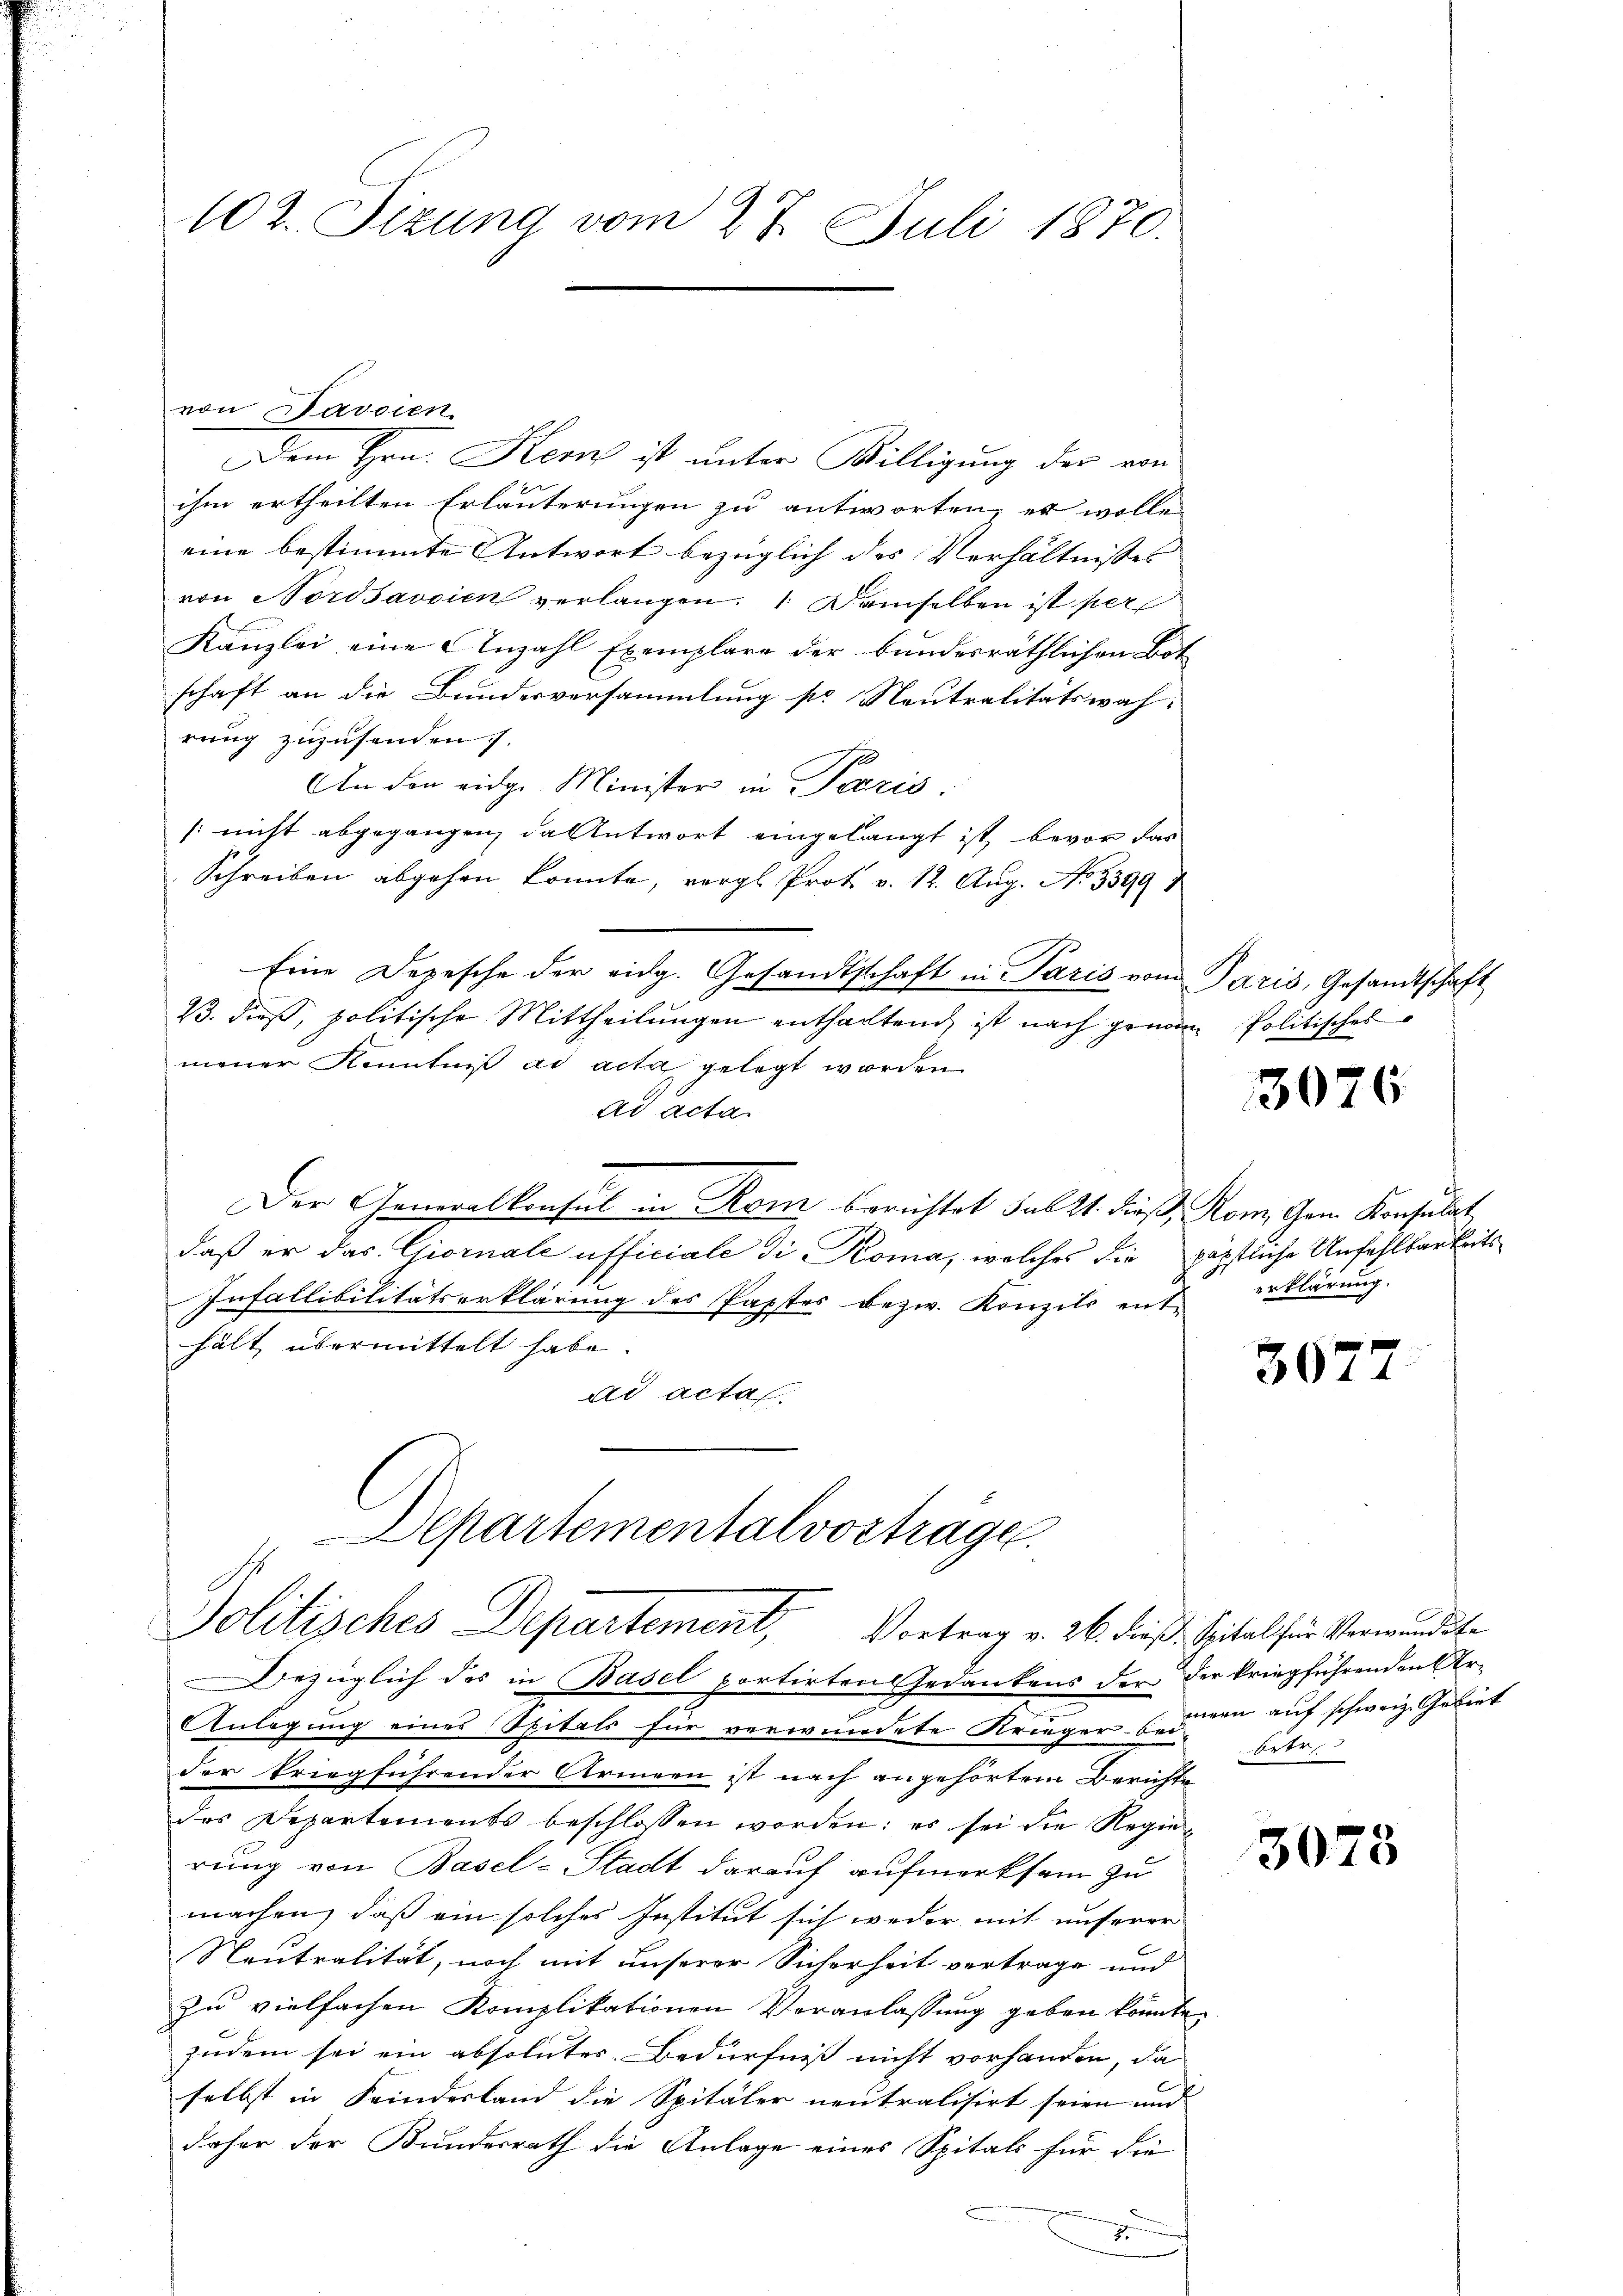
Dem Hrn. Herz ist unter Willigung der von
ihm ertheilten Erläuterungen zu antworten, es wollen
eine bestimmte Antwort bezüglich des Verhältnisses
von Nordsavsien verlangen.  Demselben ist per
Kanzlei eine Anzahl Exemplare der bundesräthlichen Bot
schaft an die Bundesversammlung pr Neutralitätswah-
rung zuzusenden s.
An den eidge Minister in Paris
(nicht abgegangen, da Antwort eingelangt ist, bevor das
Schreiben abgehen konnte, vergl. Prot. v. 12. Aug. No 33994
Eine Depesche der eidg. Gesandtschaft in Paris vom Paris, Gesandtschaft
13. dieß, politische Mittheilungen enthaltend, ist nach genen Politisches
mener Kenntniß ad acta gelegt worden.
ad acta
Der Generalkonsul in Rom berichtet sub 21. dieß, Rom. Gen. Konsulat
daß er das Giornale afficiale die Koma, welches die päpstliche Anfahlbarkeits¬
Infallibilitätserklärung des Papstes bezw. Konzils enthält übermittelt habe
ad acta
Departementalvortrage

102. Sizung vom 27. Juli 1870.

von Davoien

Politisches Departement, Vortrag v. 26. dieß. Spital für Verwundete
Bezüglich des in Basel portirten Gedankens der der kriegführenden Ar¬

Anlegung eines Spitals für verwundete Krieger seinen auf schweiz. Gebiet
der kriegführender Armeen ist nach angehörtem Berichte
des Departements beschlossen worden; es sei die Regierung von Basel-Stadt darauf aufmerksam zu
machen, daß ein solches Institut sich weder mit unserer
Neutralität, noch mit unserer Sicherheit vertrage und
zu vielfachen Komplikationen Veranlassung geben könnte
zudem sei ein absolutes Bedürfniß nicht vorhanden, da
selbst in Kinderland die Spitäler neutralisirt seien und
daher der Bundesrath die Anlage eines Spitals für die
7

3026

erklärung.

307

3073

Erbr